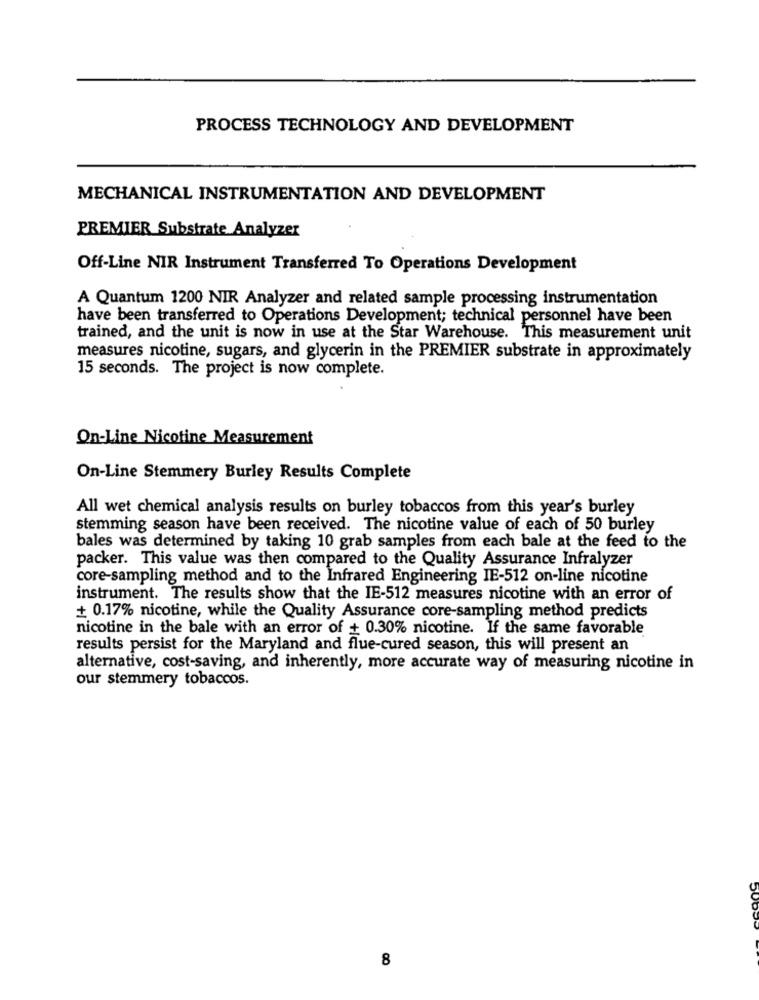
PROCESS TECHNOLOGY AND DEVELOPMENT
MECHANICAL INSTRUMENTATION AND DEVELOPMENT
PREMIER Substrate Analyzer
Off-Line NIR Instrument Transferred To Operations Development
A Quantum 1200 NIR Analyzer and related sample processing instrumentation
have been transferred to Operations Development; technical personnel have been
trained, and the unit is now in use at the Star Warehouse. This measurement unit
measures nicotine, sugars, and glycerin in the PREMIER substrate in approximately
15 seconds. The project is now complete.
On-Line Nicotine Measurement
On-Line Stemmery Burley Results Complete
All wet chemical analysis results on burley tobaccos from this year's burley
stemming season have been received. The nicotine value of each of 50 burley
bales was determined by taking 10 grab samples from each bale at the feed to the
packer. This value was then compared to the Quality Assurance Infralyzer
core-sampling method and to the Infrared Engineering IE-512 on-line nicotine
instrument. The results show that the IE-512 measures nicotine with an error of
+ 0.17% nicotine, while the Quality Assurance core-sampling method predicts
nicotine in the bale with an error of + 0.30% nicotine. If the same favorable
results persist for the Maryland and flue-cured season, this will present an
alternative, cost-saving, and inherently, more accurate way of measuring nicotine in
our stemmery tobaccos.
8